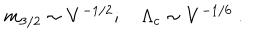
m _ { 3 / 2 } \sim V ^ { - 1 / 2 } ; \quad \Lambda _ { c } \sim V ^ { - 1 / 6 } \ .